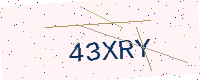
Text: 43XRY